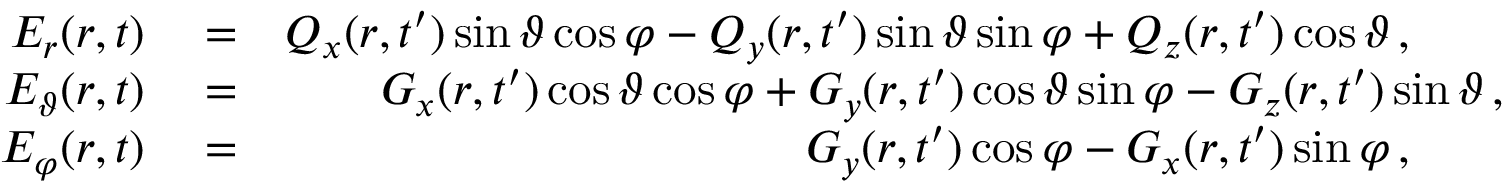
\begin{array} { r l r } { E _ { r } ( \boldsymbol { r } , t ) } & { { } = } & { Q _ { x } ( r , t ^ { \prime } ) \sin \vartheta \cos \varphi - Q _ { y } ( r , t ^ { \prime } ) \sin \vartheta \sin \varphi + Q _ { z } ( r , t ^ { \prime } ) \cos \vartheta \, , \quad \quad } \\ { E _ { \vartheta } ( \boldsymbol { r } , t ) } & { { } = } & { G _ { x } ( r , t ^ { \prime } ) \cos \vartheta \cos \varphi + G _ { y } ( r , t ^ { \prime } ) \cos \vartheta \sin \varphi - G _ { z } ( r , t ^ { \prime } ) \sin \vartheta \, , } \\ { E _ { \varphi } ( \boldsymbol { r } , t ) } & { { } = } & { G _ { y } ( r , t ^ { \prime } ) \cos \varphi - G _ { x } ( r , t ^ { \prime } ) \sin \varphi \, , \quad \quad } \end{array}